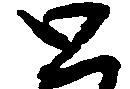
と